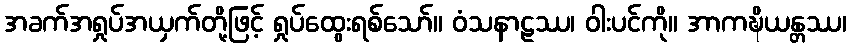
အခက်အရှုပ်အယှက်တို့ဖြင့် ရှုပ်ထွေးရစ်သော်။ ဝံသနာဠဿ၊ ဝါးပင်ကို။ အာကဍ္ဎိယန္တဿ၊